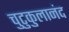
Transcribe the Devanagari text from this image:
चुटुकुलानंद